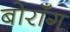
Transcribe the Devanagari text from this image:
बोराँग